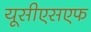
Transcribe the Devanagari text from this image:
यूसीएसएफ